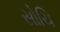
સોચિ